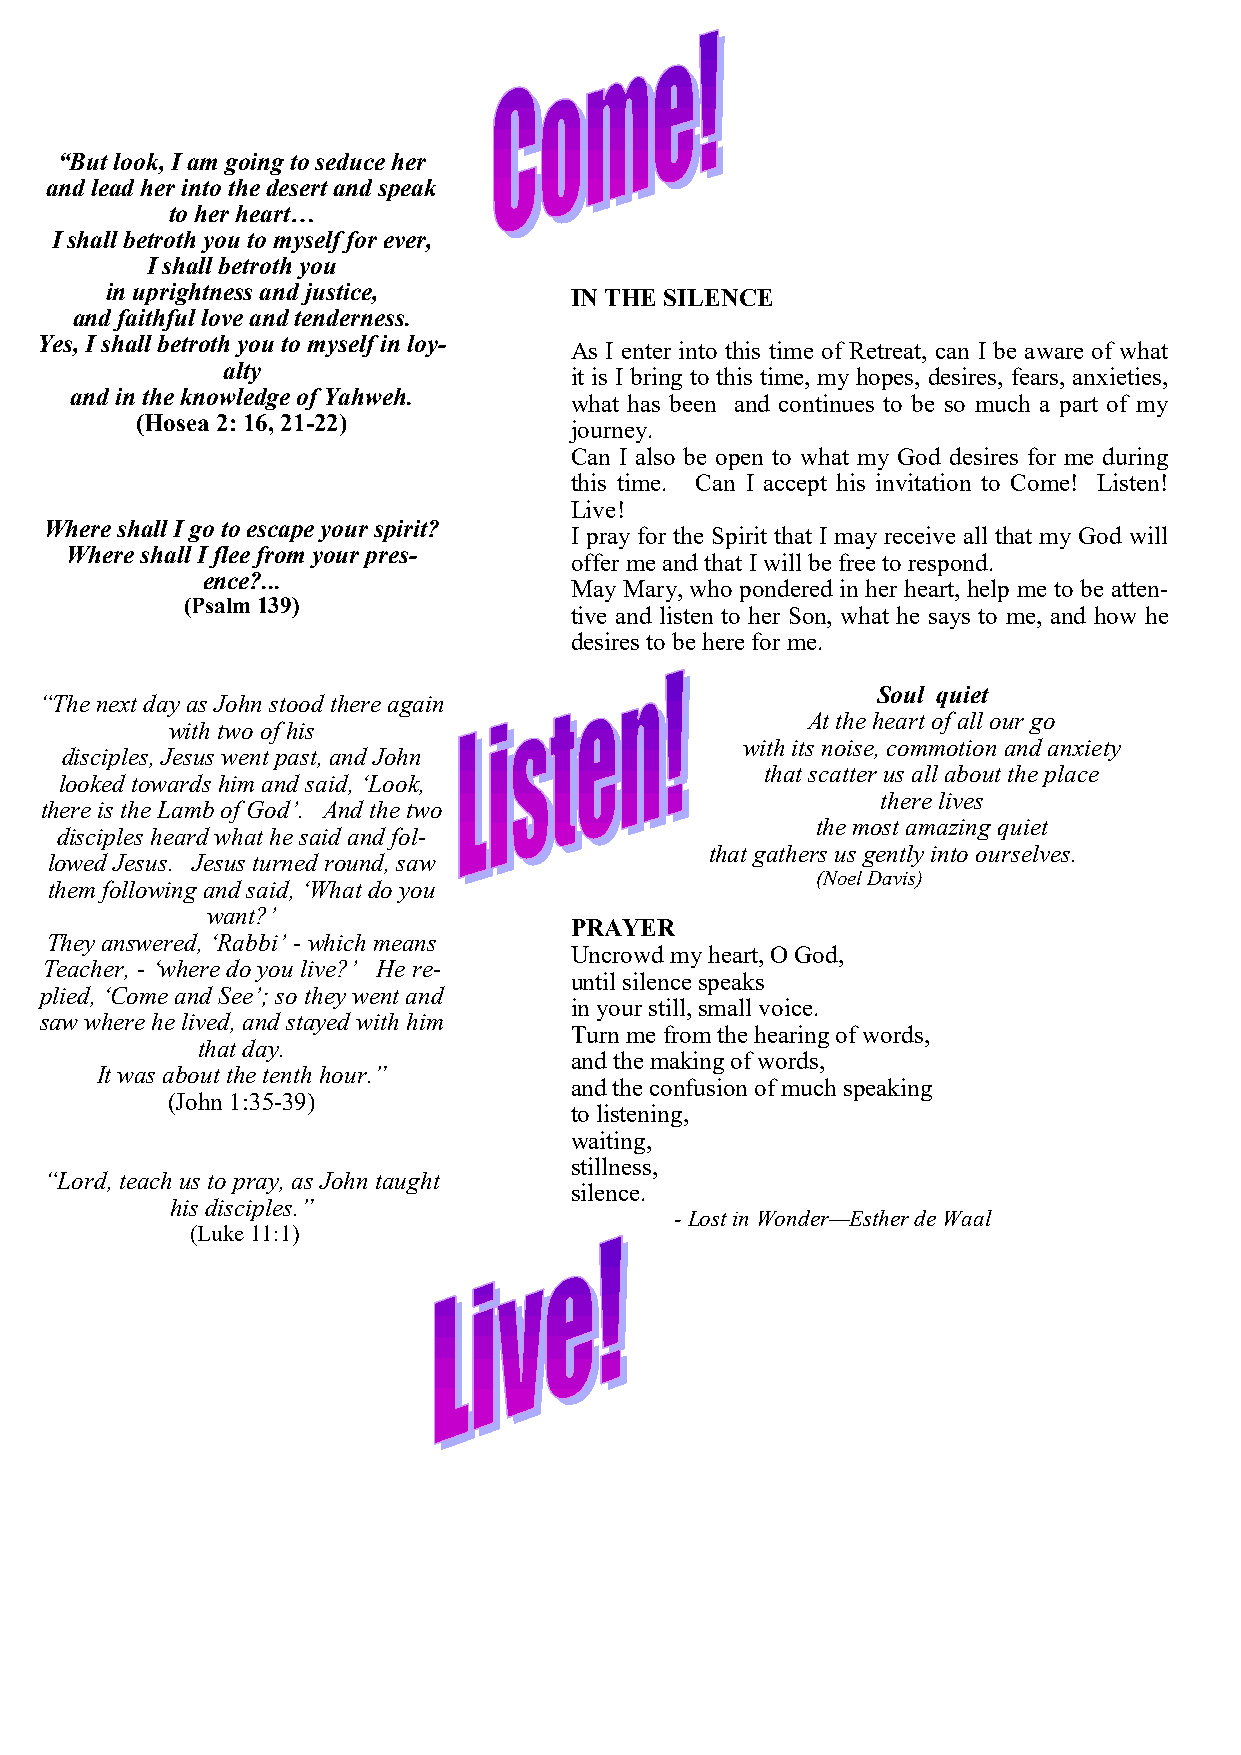
“But look, I am going to seduce her
 and lead her into the desert and speak
 to her heart…
 I shall betroth you to myself for ever,
 I shall betroth you
 in uprightness and justice,    IN THE SILENCE
 and faithful love and tenderness.
 Yes, I shall betroth you to myself in loy- As I enter into this time of Retreat, can I be aware of what
 alty                   it is I bring to this time, my hopes, desires, fears, anxieties,
 and in the knowledge of Yahweh.
 what has been and continues to be so much a part of my
 (Hosea 2: 16, 21-22)
 journey.
 Can I also be open to what my God desires for me during
 this time. Can I accept his invitation to Come! Listen!
 Live!
 Where shall I go to escape your spirit?
 I pray for the Spirit that I may receive all that my God will
 Where shall I flee from your pres-
 offer me and that I will be free to respond.
 ence?...
 May Mary, who pondered in her heart, help me to be atten-
 (Psalm 139)
 tive and listen to her Son, what he says to me, and how he
 desires to be here for me.
 Soul quiet
 “The next day as John stood there again
 At the heart of all our go
 with two of his
 with its noise, commotion and anxiety
 disciples, Jesus went past, and John
 that scatter us all about the place
 looked towards him and said, ‘Look,
 there lives
 there is the Lamb of God’. And the two
 the most amazing quiet
 disciples heard what he said and fol-
 that gathers us gently into ourselves.
 lowed Jesus. Jesus turned round, saw
 (Noel Davis)
 them following and said, ‘What do you
 want?’
 PRAYER
 They answered, ‘Rabbi’ - which means
 Uncrowd my heart, O God,
 Teacher, - ‘where do you live?’ He re-
 until silence speaks
 plied, ‘Come and See’; so they went and
 in your still, small voice.
 saw where he lived, and stayed with him
 Turn me from the hearing of words,
 that day.
 and the making of words,
 It was about the tenth hour.”
 and the confusion of much speaking
 (John 1:35-39)
 to listening,
 waiting,
 stillness,
 “Lord, teach us to pray, as John taught
 silence.
 his disciples.”
 - Lost in Wonder—Esther de Waal
 (Luke 11:1)